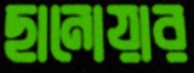
ছানোয়ার